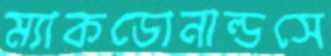
ম্যাকডোনাল্ডসে